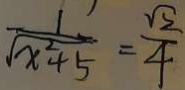
\frac { 1 } { \sqrt { x ^ { 2 } + 5 } } = \frac { \sqrt { 2 } } { 4 }